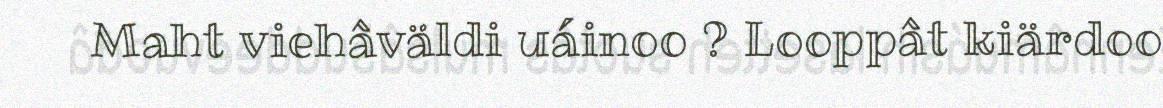
Maht viehâväldi uáinoo ? Looppât kiärdoo